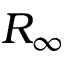
R _ { \infty }